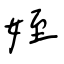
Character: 姪